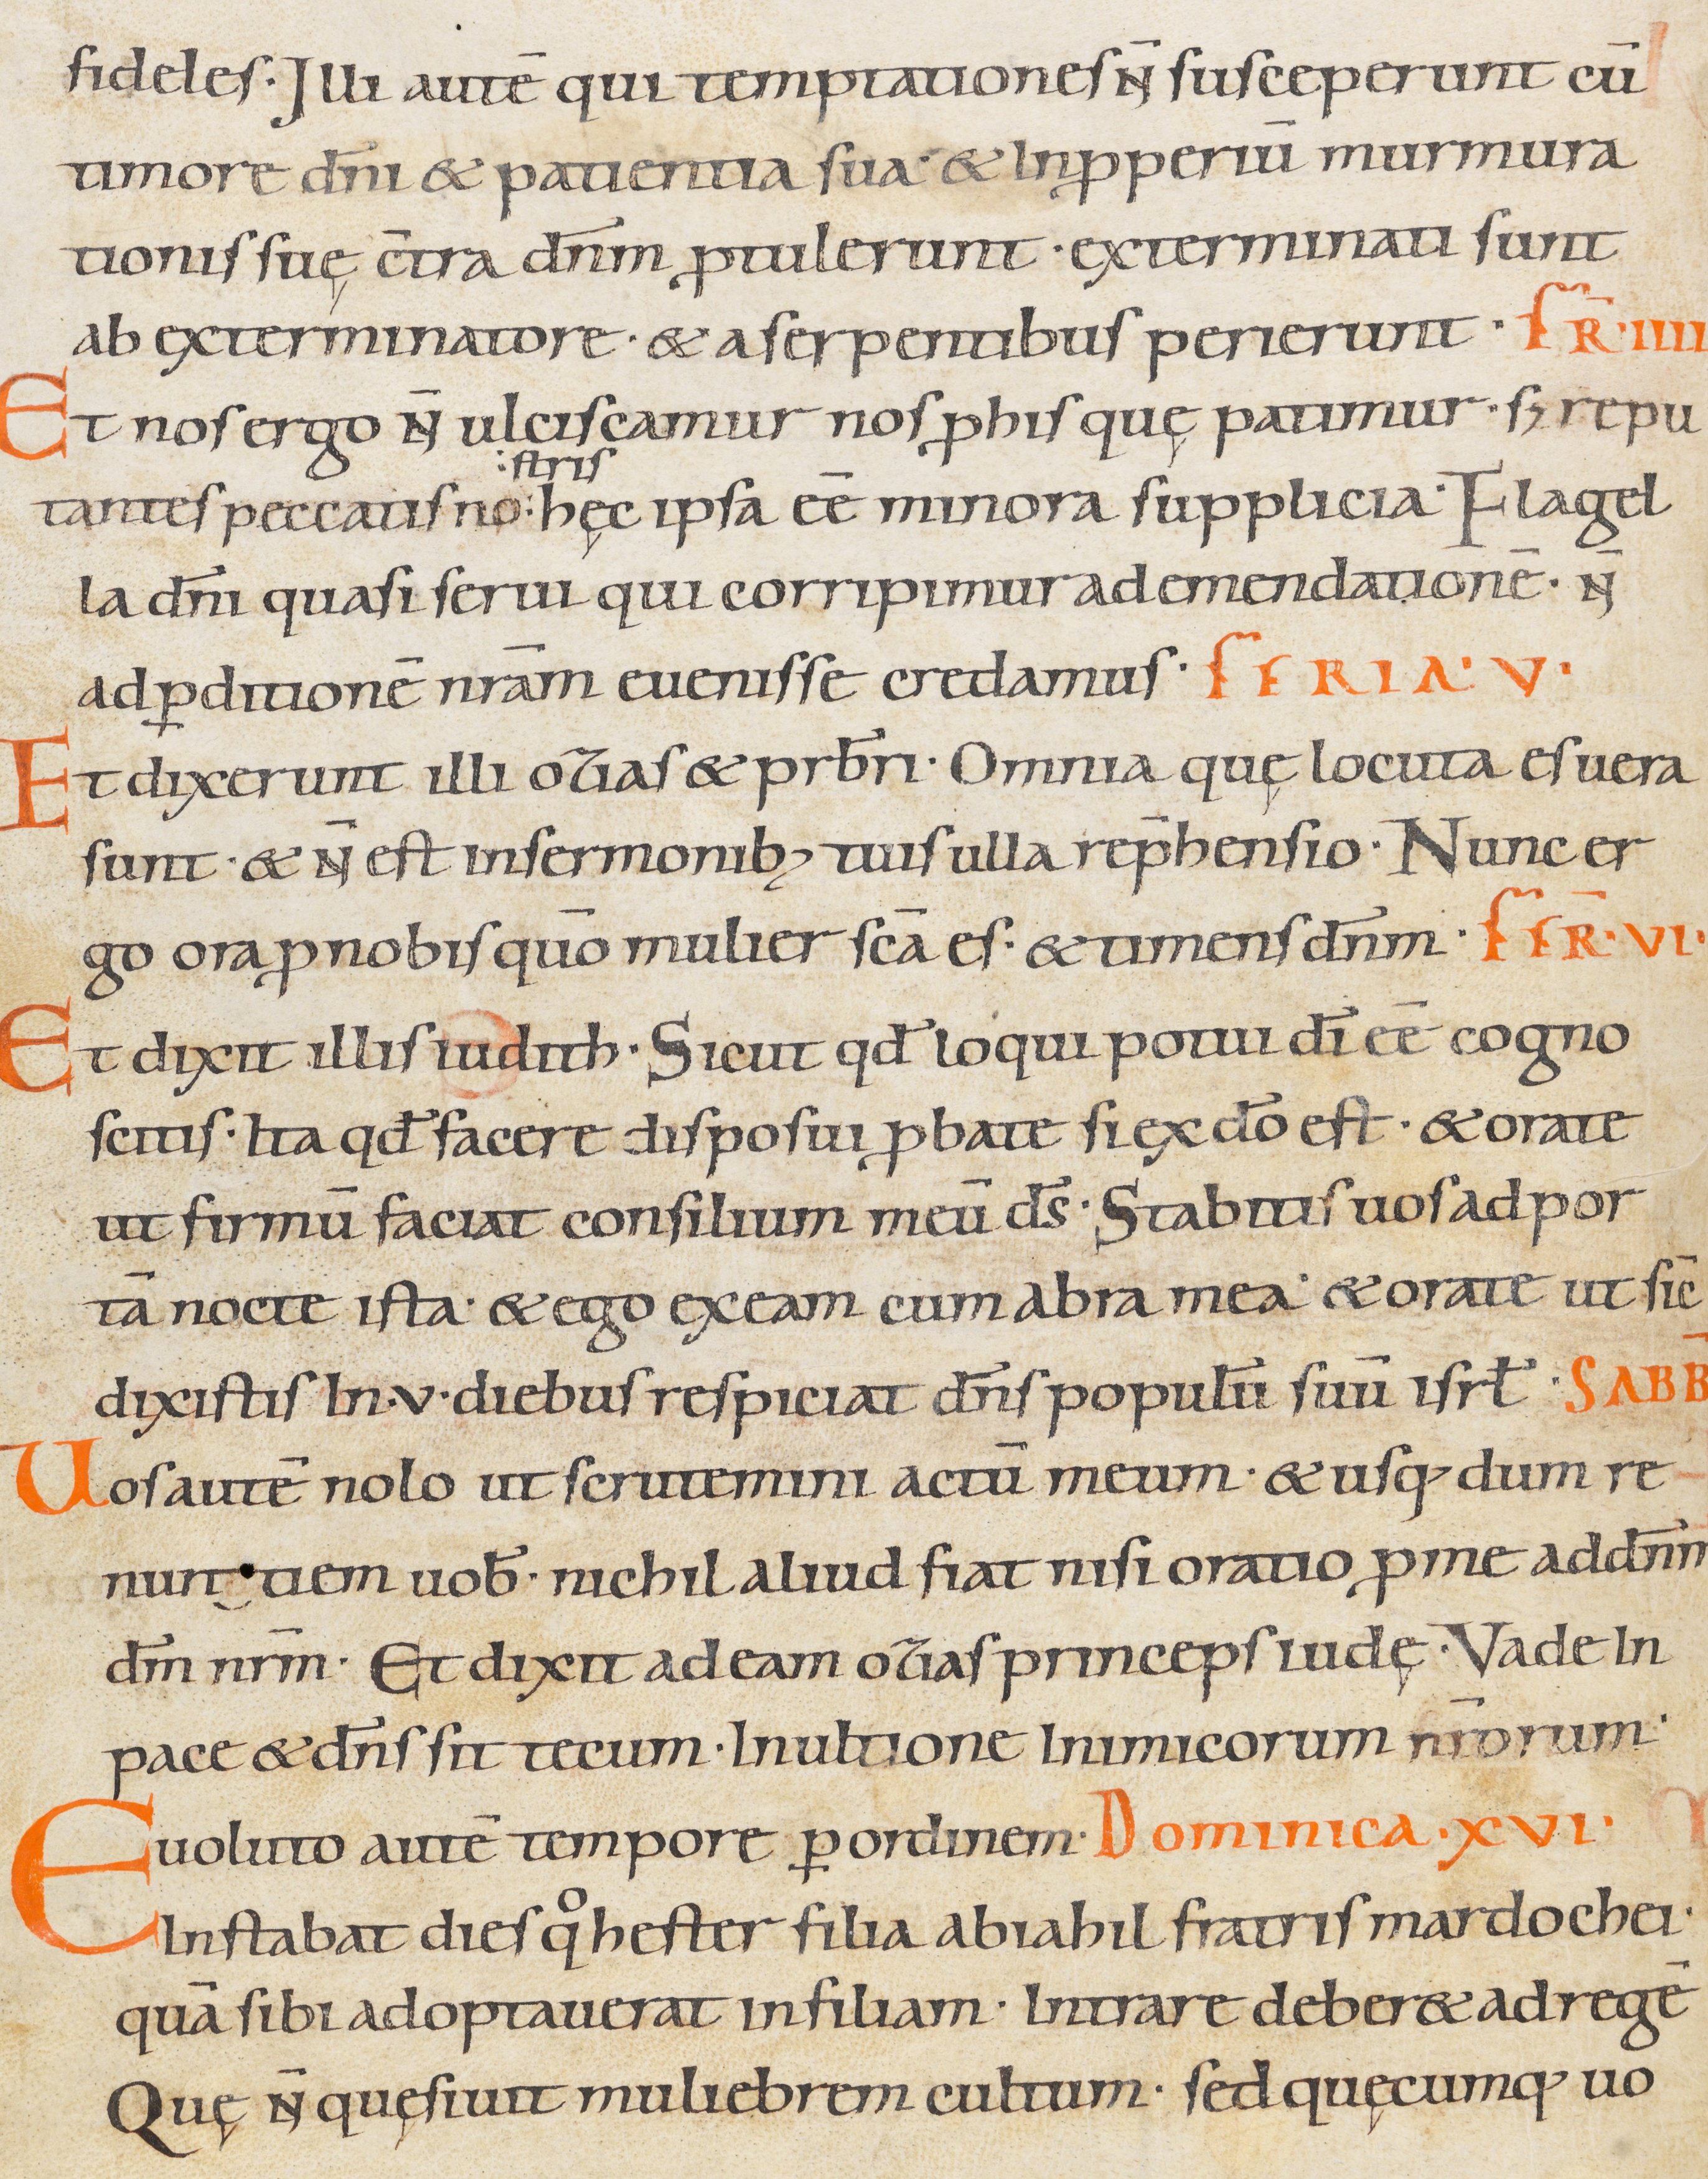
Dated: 900–999